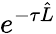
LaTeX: e^{-\tau\hat{L}}